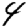
Digit: 4